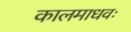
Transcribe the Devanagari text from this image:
कालमाधवः